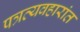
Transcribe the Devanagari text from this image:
पत्रव्यवहारांत